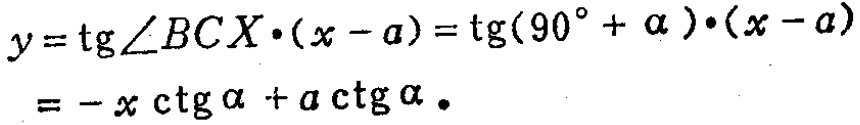
\[
\begin{align*}
y&=\operatorname{tg}\angle BCX\cdot(x - a)=\operatorname{tg}(90^{\circ}+\alpha)\cdot(x - a)\\
&=-x\operatorname{ctg}\alpha + a\operatorname{ctg}\alpha.
\end{align*}
\]